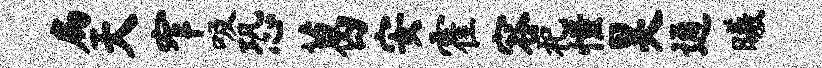
扁天窄吸恐葛安霍容祀憧昊通曦